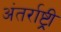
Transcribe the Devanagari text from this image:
अंतर्राष्ट्री